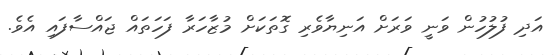
އަދި ފުލުހުން ވަނީ ވަރަށް އަނިޔާވެރި ގޮތަކަށް މުޒާހަރާ ފަހަތައް ޖައްސާފައި އެވެ.